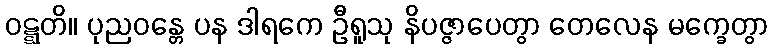
ဝဋ္ဋတိ။ ပုညဝန္တေ ပန ဒါရကေ ဦရူသု နိပဇ္ဇာပေတွာ တေလေန မက္ခေတွာ